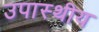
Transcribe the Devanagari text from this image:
उपास्थीय